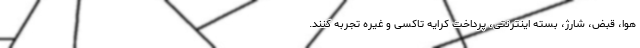
هوا، قبض، شارژ، بسته اینترنتی، پرداخت کرایه تاکسی و غیره تجربه کنند.